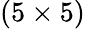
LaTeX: (5\times 5)